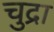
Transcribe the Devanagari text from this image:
चुद्रा